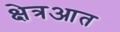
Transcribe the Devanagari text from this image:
क्षेत्रआत